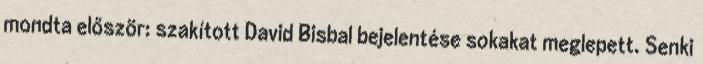
mondta először: szakított David Bisbal bejelentése sokakat meglepett. Senki